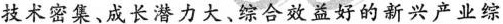
技术密集、成长潜力大、综合效益好的新兴产业综